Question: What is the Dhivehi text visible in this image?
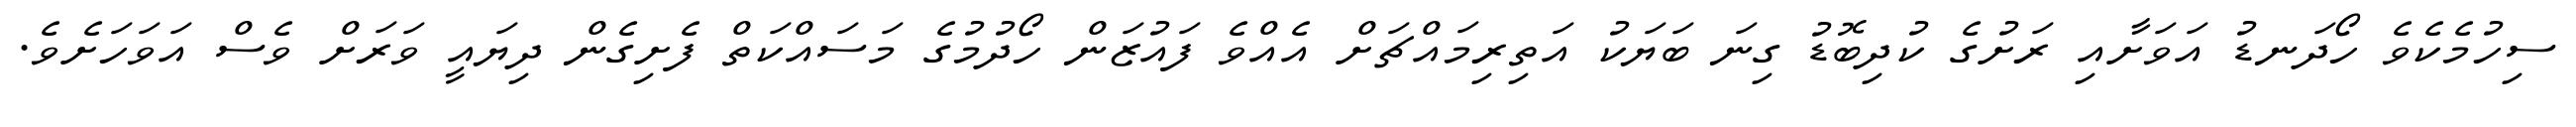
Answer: ސިހުމެކެވެ ހޯދަނޑު އަވަށާއި ރަށުގެ ކުދިބޮޑު ގިނަ ބަޔަކު އަތިރިމައްޗަށް އެއްވެ ފައުޒަން ހޯދުމުގެ މަސައްކަތް ފެށިގެން ދިޔައީ ވަރަށް ވެސް އަވަހަށެވެ.